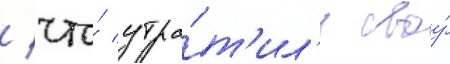
/ что́ утра́т'ил'и своу́